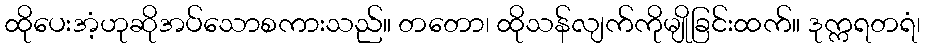
ထိုပေးအံ့ဟုဆိုအပ်သောစကားသည်။ တတော၊ ထိုသန်လျက်ကိုမျိုခြင်းထက်။ ဒုက္ကရတရံ၊